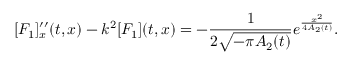
[ F _ { 1 } ] _ { x } ^ { \prime \prime } ( t , x ) - k ^ { 2 } [ F _ { 1 } ] ( t , x ) = - \frac { 1 } { 2 \sqrt { - \pi A _ { 2 } ( t ) } } e ^ { \frac { x ^ { 2 } } { 4 A _ { 2 } ( t ) } } .